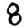
Digit: 8